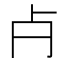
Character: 𣦵